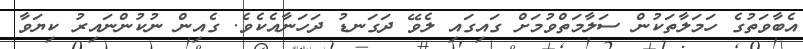
އެބާވަތުގެ ހަމަލާތަކުން ސަލާމަތްވުމަށް ގައިގައި ލެވޭ ދަގަނޑު ދަހަނާއެކެވެ. ގެއިން ނުކުންނައިރު ކިޔަވާ